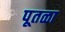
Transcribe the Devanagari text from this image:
पूतळा